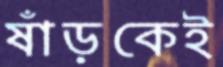
ষাঁড়কেই